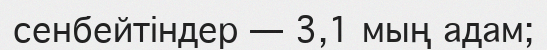
сенбейтіндер — 3,1 мың адам;